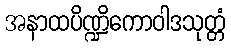
အနာထပိဏ္ဍိကောဝါဒသုတ္တံ